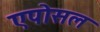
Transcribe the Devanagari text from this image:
एपोसल